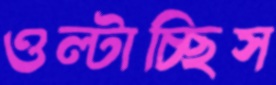
ওল্‌টাচ্ছিস